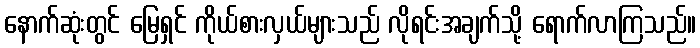
နောက်ဆုံးတွင် မြေရှင် ကိုယ်စားလှယ်များသည် လိုရင်းအချက်သို့ ရောက်လာကြသည်။